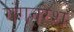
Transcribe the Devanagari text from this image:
गंगनरेश